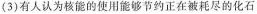
(3)有人认为核能的使用能够节约正在被耗尽的化石